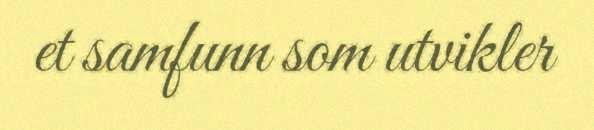
et samfunn som utvikler